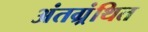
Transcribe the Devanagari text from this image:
अंतग्र्रंथित